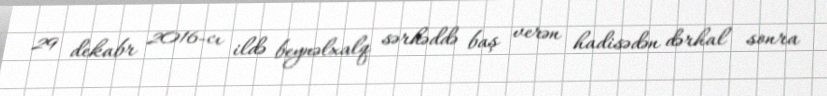
29 dekabr 2016-cı ildə beynəlxalq sərhəddə baş verən hadisədən dərhal sonra